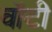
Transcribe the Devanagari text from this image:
वाॅटी